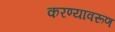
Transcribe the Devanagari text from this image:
करण्यावरूण